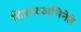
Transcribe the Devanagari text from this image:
चित्रपटअभिनेते